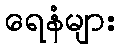
ရေနံများ